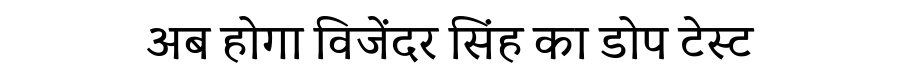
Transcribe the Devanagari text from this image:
अब होगा विजेंदर सिंह का डोप टेस्ट